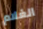
الغلام